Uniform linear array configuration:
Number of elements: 12
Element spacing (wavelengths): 1
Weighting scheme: kaiser
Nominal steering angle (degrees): -30
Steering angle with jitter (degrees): -31.166
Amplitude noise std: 0.05
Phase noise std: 0.05

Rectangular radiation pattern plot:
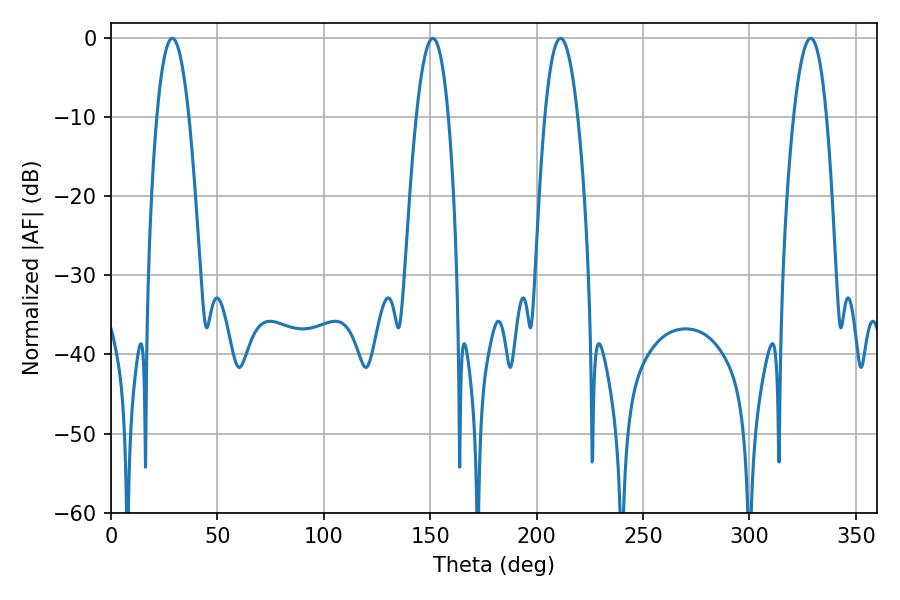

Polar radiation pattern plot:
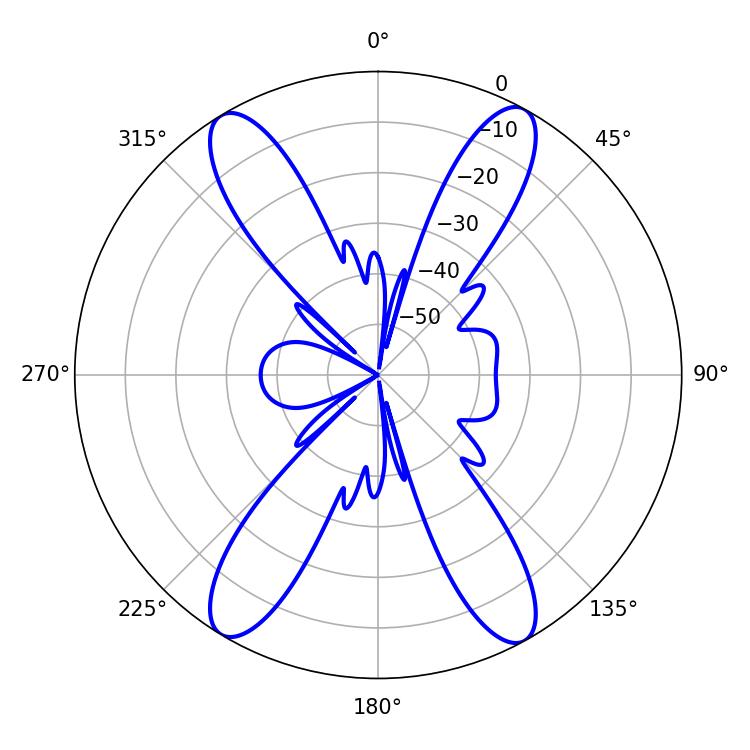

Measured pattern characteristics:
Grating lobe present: TRUE
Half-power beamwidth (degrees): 8.28
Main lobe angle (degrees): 151.2